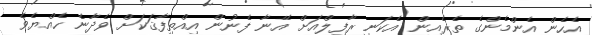
އެހެން އެންމެންގެ ތެރެއިން އެކަނި ރާފިލްއަށް އޭނާ ފެނުން އިއްތިފާޤަކަށް ވެދާނެ ހެއްޔެވެ